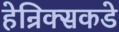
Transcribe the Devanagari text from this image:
हेन्रिक्सकडे